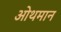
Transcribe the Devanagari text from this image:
ओथमान